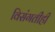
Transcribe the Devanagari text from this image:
विसंगतीही